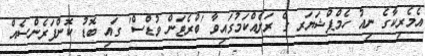
އެމެރިކާގެ ނިއު ހެމްޕްޝަޔަރ ގެ ރަށެއްކަމުގައިވާ 'ބްރެޓަން ވުޑްސް' ގައި ބޮޑު ކޮންފަރެންސެއް